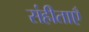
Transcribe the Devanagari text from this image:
संहीताएँ